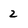
Character: 2